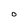
Character: O